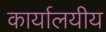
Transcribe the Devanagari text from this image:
कार्यालयीय